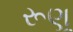
રૂણૂ